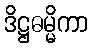
ဒိဋ္ဌဓမ္မိကာ